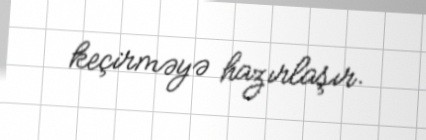
keçirməyə hazırlaşır.